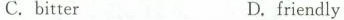
C. bitterD. friendly